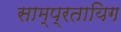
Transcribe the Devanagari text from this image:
साम्प्रतायिग